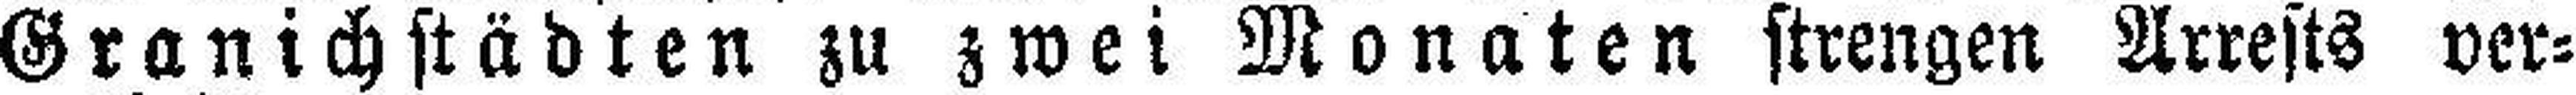
Granichstädten zu zwei Monaten strengen Arrests ver¬